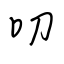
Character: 叨